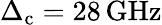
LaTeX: \Delta_{\textrm{c}}=28\, \mathrm{GHz}